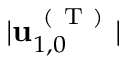
\vert \mathbf { u } _ { 1 , 0 } ^ { \mathrm { ~ ( ~ T ~ ) ~ } } \vert